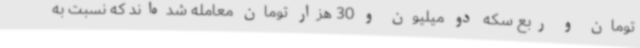
تومان و ربع سکه دو میلیون و 30 هزار تومان معامله شده‌اند که نسبت به